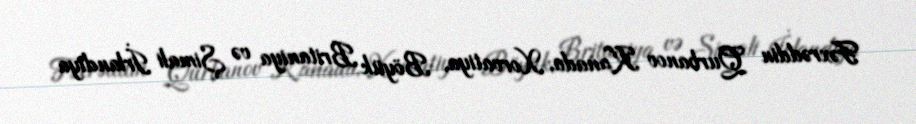
Fəxrəddin Qurbanov Kanada, Xorvatiya, Böyük Britaniya və Şimali İrlandiya